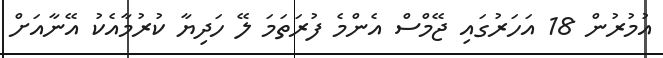
އުމުރުން 18 އަހަރުގައި ޖޭމްސް އެންމެ ފުރަތަމަ ލޭ ހަދިޔާ ކުރުމާއެކު އޭނާއަށް